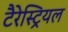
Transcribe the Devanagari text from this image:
टैरेस्ट्रियल